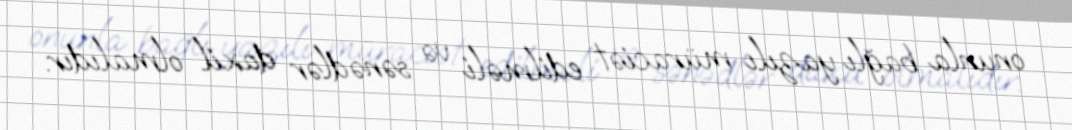
onunla bağlı yazılı müraciət edilməli və sənədlər daxil olmalıdır.